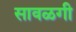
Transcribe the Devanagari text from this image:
सावळगी